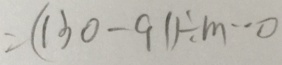
= ( 1 3 0 - 9 1 ) \div m \cdot 0